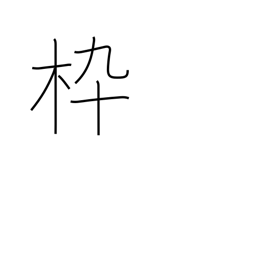
Meaning: frame